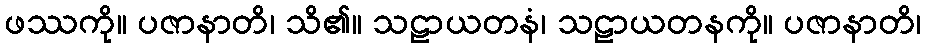
ဖဿကို။ ပဇာနာတိ၊ သိ၏။ သဠာယတနံ၊ သဠာယတနကို။ ပဇာနာတိ၊